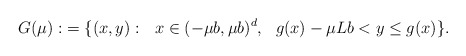
\begin{align*}G(\mu):&=\{ (x, y):\ \ x\in (-\mu b,\mu b)^{d},\ \ g(x)-\mu L b<y\leq g(x)\}.\end{align*}